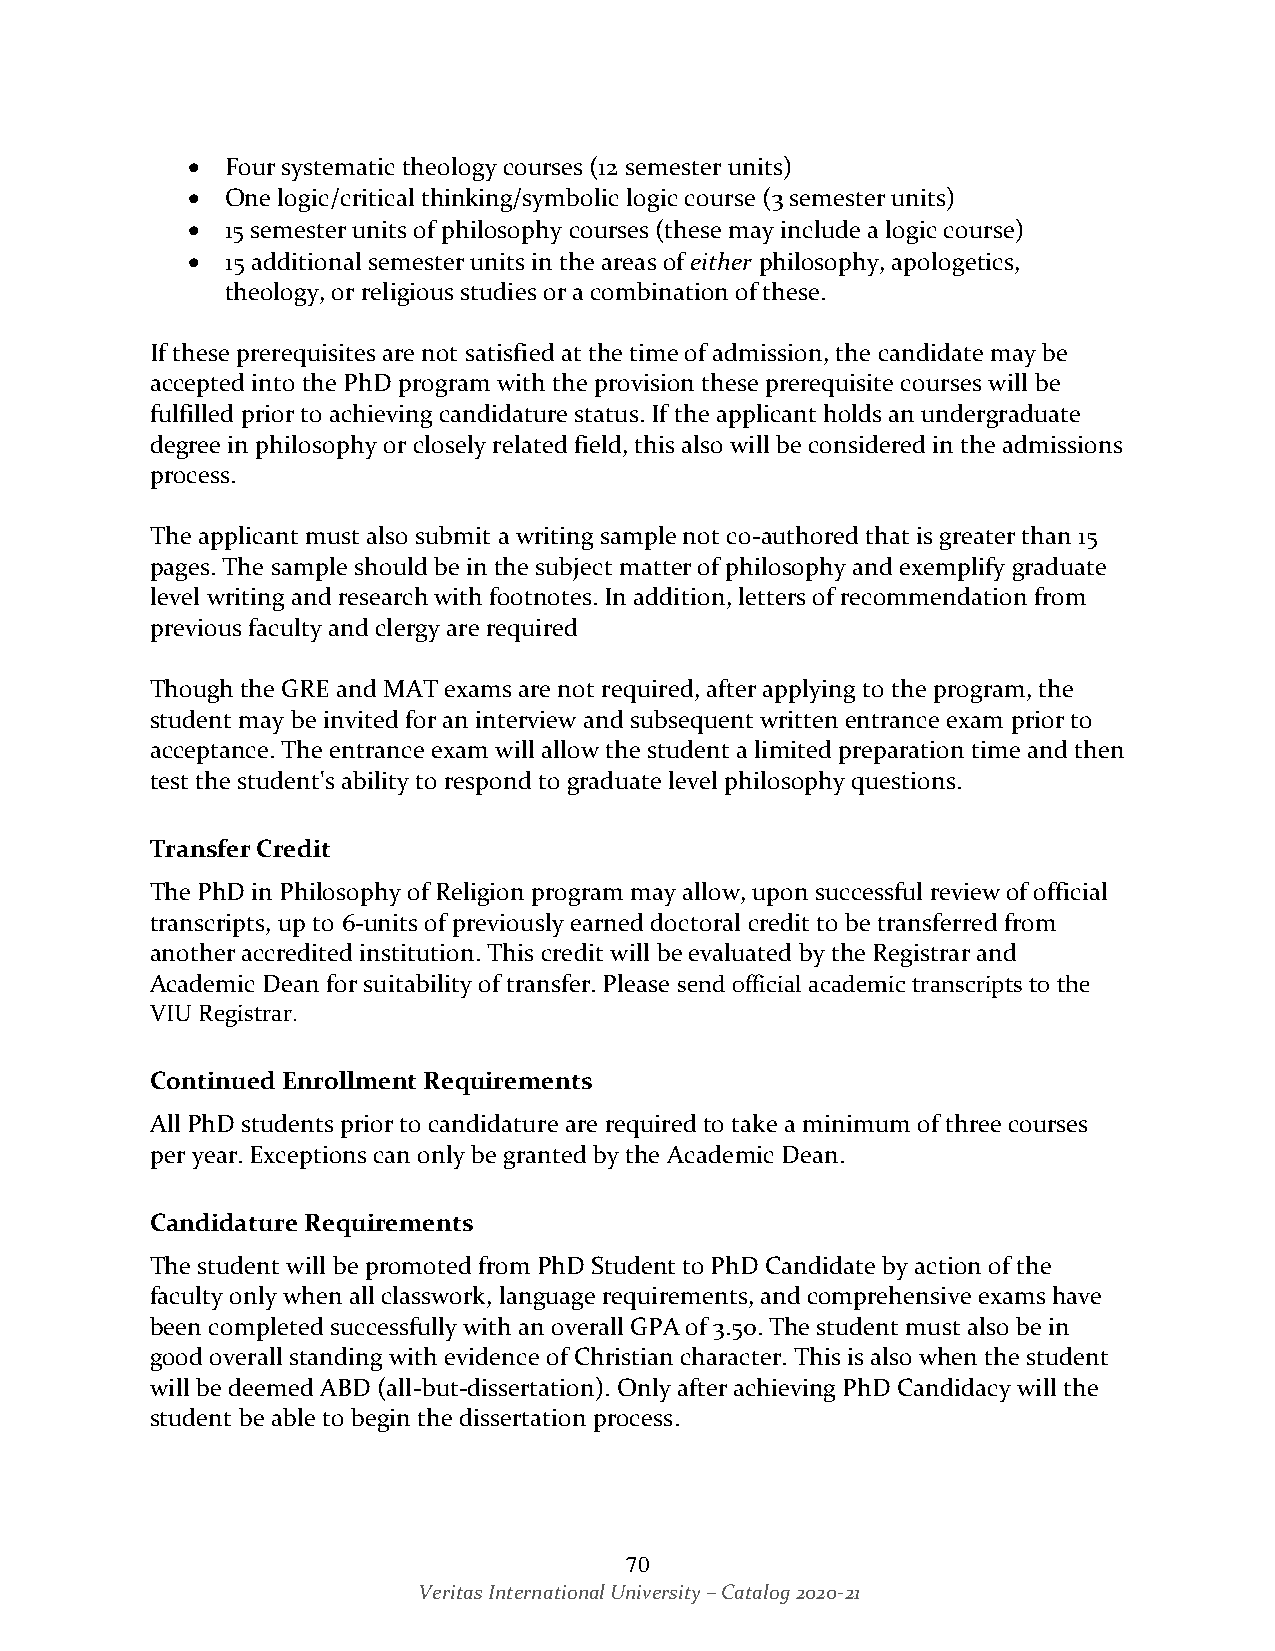
•  Four systematic theology courses (12 semester units)
 •  One logic/critical thinking/symbolic logic course (3 semester units)
 •  15 semester units of philosophy courses (these may include a logic course)
 •  15 additional semester units in the areas of either philosophy, apologetics,
 theology, or religious studies or a combination of these.
 If these prerequisites are not satisfied at the time of admission, the candidate may be
 accepted into the PhD program with the provision these prerequisite courses will be
 fulfilled prior to achieving candidature status. If the applicant holds an undergraduate
 degree in philosophy or closely related field, this also will be considered in the admissions
 process.
 The applicant must also submit a writing sample not co-authored that is greater than 15
 pages. The sample should be in the subject matter of philosophy and exemplify graduate
 level writing and research with footnotes. In addition, letters of recommendation from
 previous faculty and clergy are required
 Though the GRE and MAT exams are not required, after applying to the program, the
 student may be invited for an interview and subsequent written entrance exam prior to
 acceptance. The entrance exam will allow the student a limited preparation time and then
 test the student's ability to respond to graduate level philosophy questions.
 Transfer Credit
 The PhD in Philosophy of Religion program may allow, upon successful review of official
 transcripts, up to 6-units of previously earned doctoral credit to be transferred from
 another accredited institution. This credit will be evaluated by the Registrar and
 Academic Dean for suitability of transfer. Please send official academic transcripts to the
 VIU Registrar.
 Continued Enrollment Requirements
 All PhD students prior to candidature are required to take a minimum of three courses
 per year. Exceptions can only be granted by the Academic Dean.
 Candidature Requirements
 The student will be promoted from PhD Student to PhD Candidate by action of the
 faculty only when all classwork, language requirements, and comprehensive exams have
 been completed successfully with an overall GPA of 3.50. The student must also be in
 good overall standing with evidence of Christian character. This is also when the student
 will be deemed ABD (all-but-dissertation). Only after achieving PhD Candidacy will the
 student be able to begin the dissertation process.
 70
 Veritas International University – Catalog 2020-21